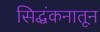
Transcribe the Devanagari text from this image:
सिद्धंकनातून